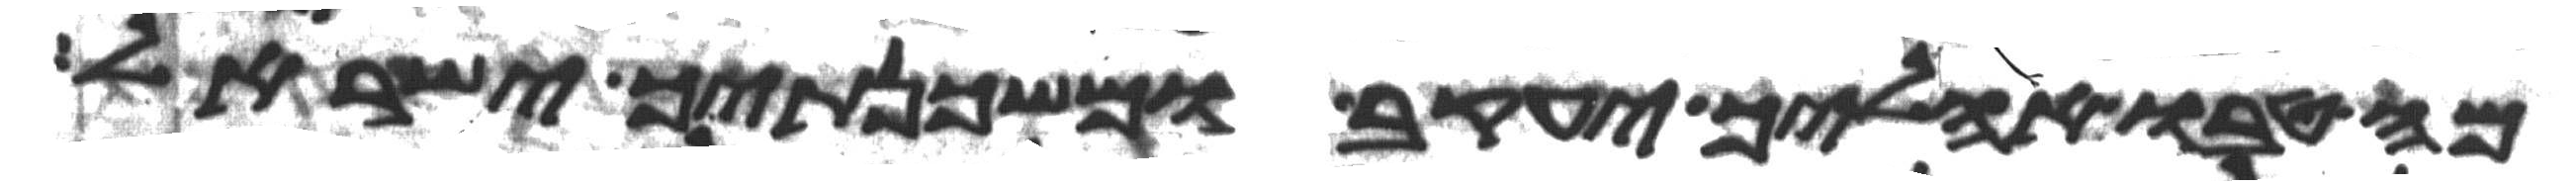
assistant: מה טבו אהליך יעקב ומשכנתיך ישראל